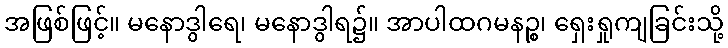
အဖြစ်ဖြင့်။ မနောဒွါရေ၊ မနောဒွါရ၌။ အာပါထဂမနဉ္စ၊ ရှေးရှုကျခြင်းသို့